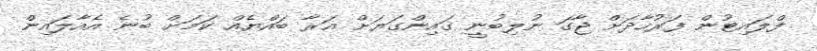
ފްލައިޓުން ފަރުހާދަށް ޖާގަ ނުލިބުނީ ގައިންގަޔަށް އަރާ ބައްޔެއް ކަމަށް ބުނެ އެއާލައިން